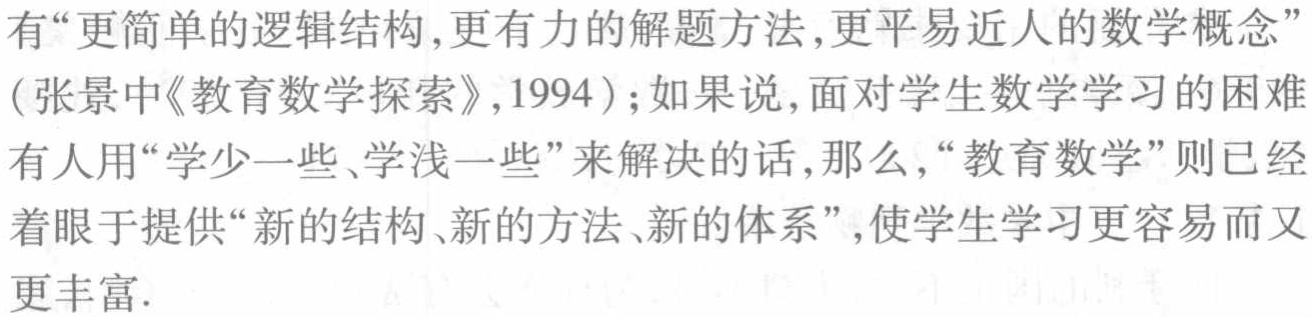
有“更简单的逻辑结构,更有力的解题方法,更平易近人的数学概念”（张景中《教育数学探索》,1994）;如果说,面对学生数学学习的困难有人用“学少一些、学浅一些”来解决的话,那么,“教育数学”则已经着眼于提供“新的结构、新的方法、新的体系”,使学生学习更容易而又更丰富.